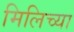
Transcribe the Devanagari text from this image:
मिलिच्या